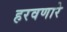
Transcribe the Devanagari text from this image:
हरवणारे